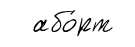
або́рт